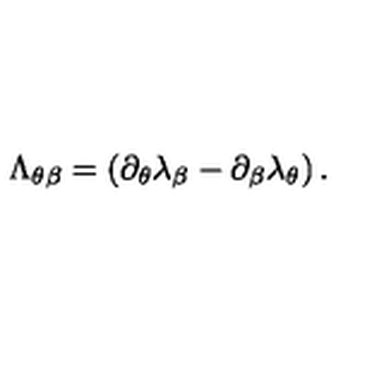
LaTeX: \Lambda _ { \theta \beta } = \left( \partial _ { \theta } \lambda _ { \beta } - \partial _ { \beta } \lambda _ { \theta } \right) .